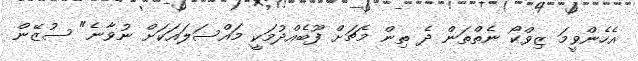
އެހެންވީމަ ޒިވްކޯ ނެތްތަން ދެ ތިން މެޗަށް ފޫބެއްދުމަކީ މައްސަލައަކަށް ނުވާނެ" ސުޒޭން